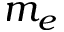
m _ { e }